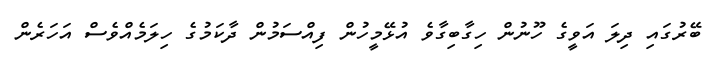
ބޭރުގައި ދިލަ އަވީގެ ހޫނުން ހިގާބިގާވެ އުޅޭމީހުން ފިއްސަމުން ދާކަމުގެ ހިލަމެއްވެސް އަހަރެން